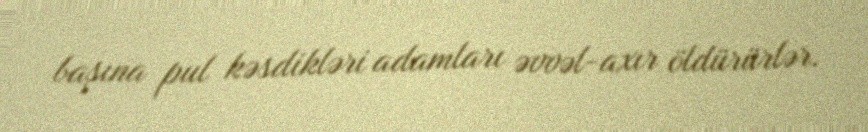
başına pul kəsdikləri adamları əvvəl-axır öldürürlər.